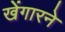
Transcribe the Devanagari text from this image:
खेंगारने